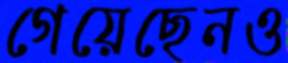
গেয়েছেনও